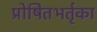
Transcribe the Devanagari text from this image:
प्रोषितभर्तृका